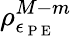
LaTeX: \rho_{\epsilon_{\mathrm{~P~E~}}}^{M-m}